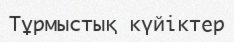
Тұрмыстық күйіктер